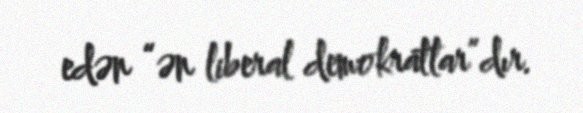
edən “ən liberal demokratlar”dır.